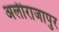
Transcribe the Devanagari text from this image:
अलीराजापुर